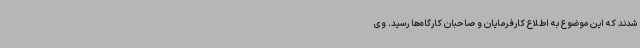
شدند که این موضوع به اطلاع کارفرمایان و صاحبان کارگاه‌ها رسید. وی